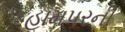
હામપરની